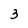
Character: 3